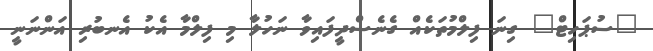
"ސުޕަހިޓް" ގިނަ ފިލްމުތަކެއް ގެނެސްދީފައިވާ ނަހުލާ މި ފިލްމާ އެކު އެނބުރި އަންނަނީ